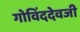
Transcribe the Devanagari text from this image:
गोविंददेवजी